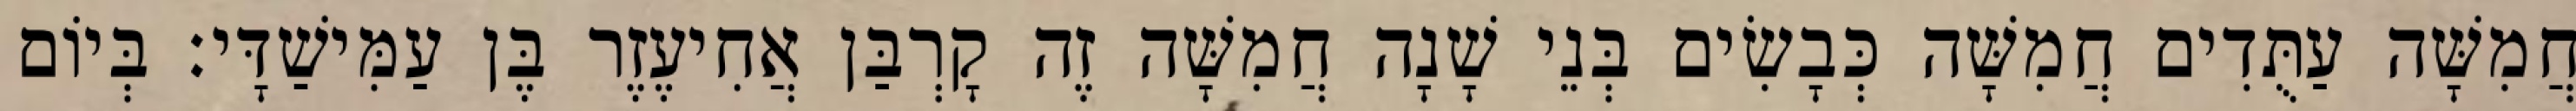
חֲמִשָּׁה עַתֻּדִים חֲמִשָּׁה כְּבָשִׂים בְּנֵי שָׁנָה חֲמִשָּׁה זֶה קָרְבַּן אֲחִיעֶזֶר בֶּן עַמִּישַׁדָּי׃ בְּיוֹם